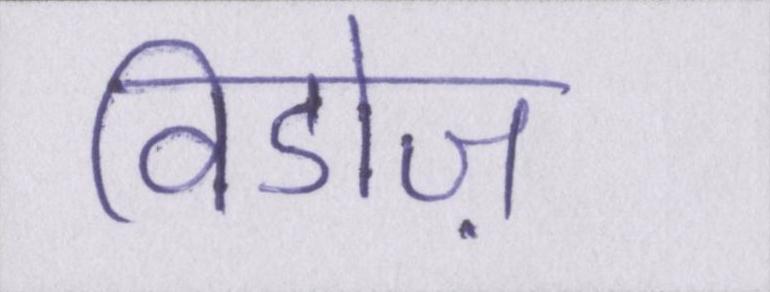
विडोज़